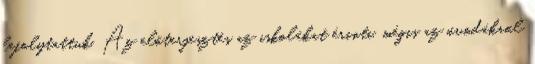
lefolytattuk. Az előterjesztés az iskolákat érinti, mégis az óvodákról